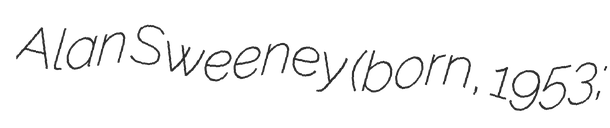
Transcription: Alan Sweeney (born, 1953;